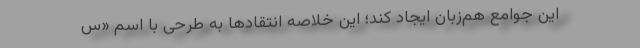
این جوامع هم‌زبان ایجاد کند؛ این خلاصه انتقادها به طرحی با اسم «س